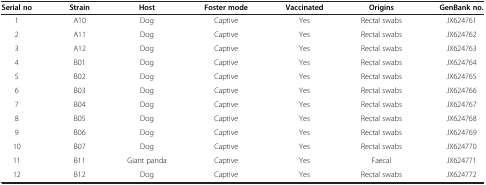
| Serial no | Strain | Host | Foster mode | Vaccinated | Origins | GenBank no. |
 | --- | --- | --- | --- | --- | --- | --- |
 | 1 | A10 | Dog | Captive | Yes | Rectal swabs | JX624761 |
 | 2 | A11 | Dog | Captive | Yes | Rectal swabs | JX624762 |
 | 3 | A12 | Dog | Captive | Yes | Rectal swabs | JX624763 |
 | 4 | B01 | Dog | Captive | Yes | Rectal swabs | JX624764 |
 | 5 | B02 | Dog | Captive | Yes | Rectal swabs | JX624765 |
 | 6 | B03 | Dog | Captive | Yes | Rectal swabs | JX624766 |
 | 7 | B04 | Dog | Captive | Yes | Rectal swabs | JX624767 |
 | 8 | B05 | Dog | Captive | Yes | Rectal swabs | JX624768 |
 | 9 | B06 | Dog | Captive | Yes | Rectal swabs | JX624769 |
 | 10 | B07 | Dog | Captive | Yes | Rectal swabs | JX624770 |
 | 11 | B11 | Giant panda | Captive | Yes | Faecal | JX624771 |
 | 12 | B12 | Dog | Captive | Yes | Rectal swabs | JX624772 |